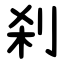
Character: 刹